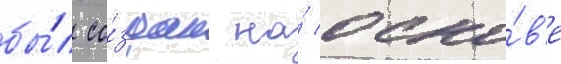
бы́л со́здан на́ осно́в'е